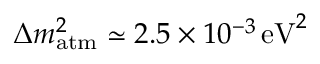
\Delta m _ { \mathrm { a t m } } ^ { 2 } \simeq 2 . 5 \times 1 0 ^ { - 3 } \, { \mathrm { e V } } ^ { 2 }